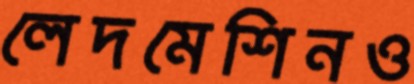
লেদমেশিনও